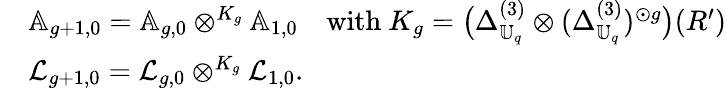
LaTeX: \begin{array}{rl}&{\mathbb{A}_{g+1,0}=\mathbb{A}_{g,0}\otimes^{K_{g}}\mathbb{A}_{1,0}\quad\mathrm{with~}K_{g}=\bigl(\Delta_{\mathbb{U}_{q}}^{(3)}\otimes(\Delta_{\mathbb{U}_{q}}^{(3)})^{\odot g}\bigr)(R^{\prime})}\\ &{\mathcal{L}_{g+1,0}=\mathcal{L}_{g,0}\otimes^{K_{g}}\mathcal{L}_{1,0}.}\end{array}